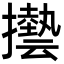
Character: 𫾓